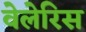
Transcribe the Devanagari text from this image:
वेलेरिस